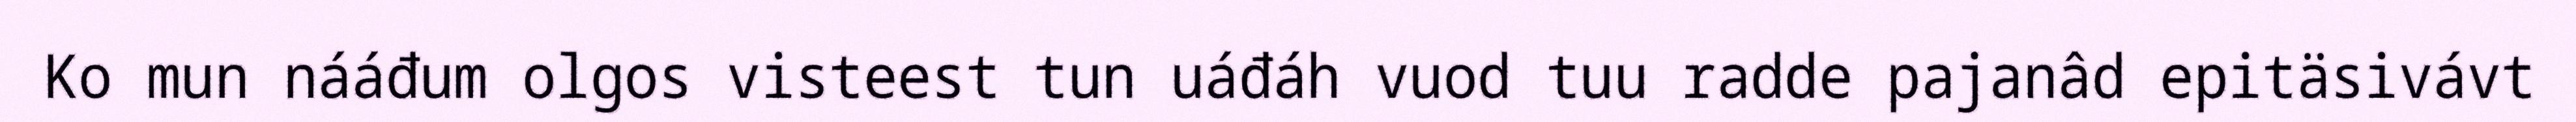
Ko mun nááđum olgos visteest tun uáđáh vuod tuu radde pajanâd epitäsivávt